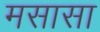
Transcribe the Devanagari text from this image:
मसासा